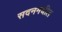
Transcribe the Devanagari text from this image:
सदनमधील